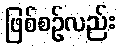
ဖြစ်စဉ်လည်း